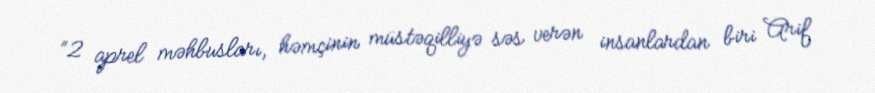
“2 aprel məhbusları, həmçinin müstəqilliyə səs verən insanlardan biri Arif